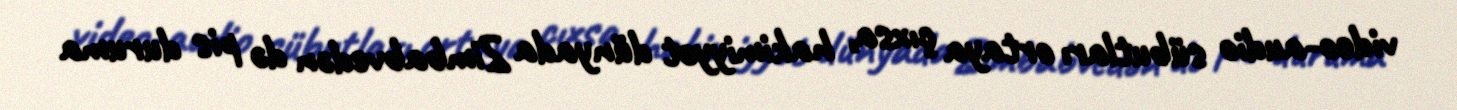
video-audio sübutları ortaya çıxsa, hakimiyyət dünyada Zimbabvedən də pis duruma